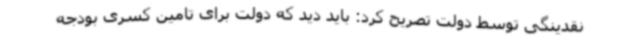
نقدینگی توسط دولت تصریح کرد: باید دید که دولت برای تامین کسری بودجه